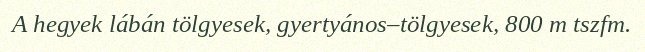
A hegyek lábán tölgyesek, gyertyános–tölgyesek, 800 m tszfm.